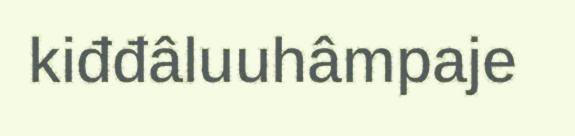
kiđđâluuhâmpaje